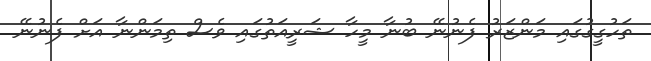
ތަހުގީގުގައި މަންޒަރު ފެނުނޭ ބުނާ މީހާ ޝަރީއަތުގައި ވެސް ތިމަންނާ އަށް ފެނުނޭ